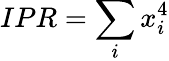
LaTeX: IPR=\sum_{i}x_{i}^{4}